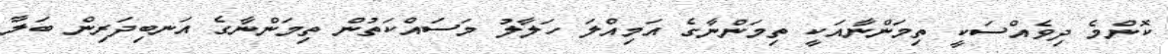
ކޮންމެ ދިވެއްސަކީ ތިމަންނާއަކީ ތިމަންނާގެ އަމިއްލަ ހަލާލު މަސައްކަތުން ތިމަންނާގެ އަނބިދަރިން ބަލާ